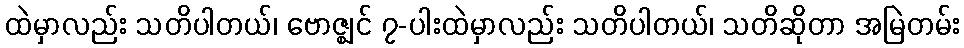
ထဲမှာလည်း သတိပါတယ်၊ ဗောဇ္ဈင် ၇-ပါးထဲမှာလည်း သတိပါတယ်၊ သတိဆိုတာ အမြဲတမ်း